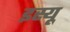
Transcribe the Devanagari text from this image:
इस्यू